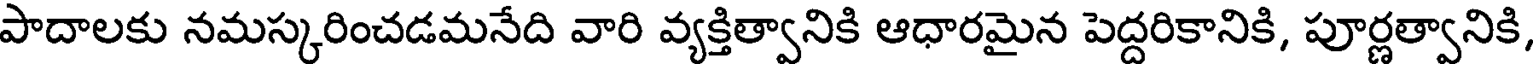
పాదాలకు నమస్కరించడమనేది వారి వ్యక్తిత్వానికి ఆధారమైన పెద్దరికానికి, పూర్ణత్వానికి,